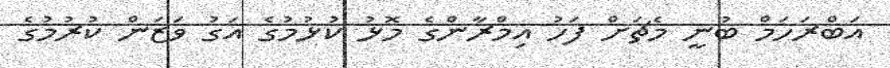
އަބްރަހަމް ބުނީ މެޗަށް ފަހު އިމްރާންގެ މޮޅު ކުޅުމުގެ އަގު ވަޒަން ކުރުމުގެ